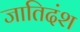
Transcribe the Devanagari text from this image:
जातिदंश